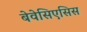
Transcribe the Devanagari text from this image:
बेवेसिएसिस